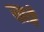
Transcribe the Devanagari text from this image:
खत्रे